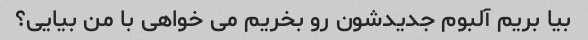
بیا بریم آلبوم جدیدشون رو بخریم می خواهی با من بیایی؟